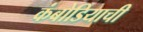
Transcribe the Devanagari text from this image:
कंबोडियाची